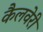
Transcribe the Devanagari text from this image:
कैलवेरी